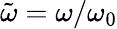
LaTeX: {\tilde{\omega}}=\omega/\omega_{0}